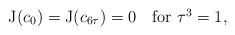
LaTeX: \begin{align*}{\rm J}(c_0)={\rm J}(c_{6\tau})=0\quad\hbox{for $\tau^3=1$,}\end{align*}